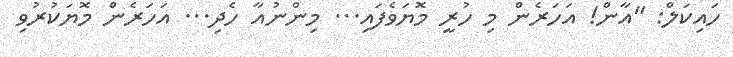
ހައިކަލް: "އާން! އަހަރެން މި ހުރީ މޮޔަވެފައި... މިންނުއާ ހެދި... އަހަރެން މޮޔަކުރުވި